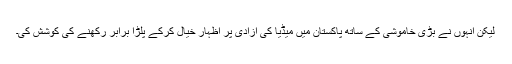
لیکن انہوں نے بڑی خاموشی کے ساتھ پاکستان میں میڈیا کی آزادی پر اظہارِ خیال کرکے پلڑا برابر رکھنے کی کوشش کی۔